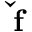
\mathbf { \check { f } }